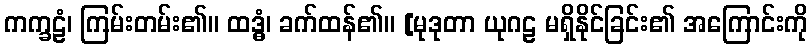
ကက္ခဠံ၊ ကြမ်းတမ်း၏။ ထဒ္ဓံ၊ ခက်ထန်၏။ [မုဒုတာ ယုဂဠ မရှိနိုင်ခြင်း၏ အကြောင်းကို